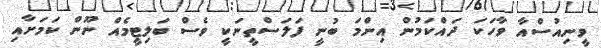
ވީނިއުސްއާ ވާހަކަ ދައްކަމުން އިންމަ ބުނީ ފަލަސްތީނަކީ ވެސް ބަލިޓީމެއް ނޫން ކަމަށާއި